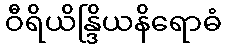
ဝီရိယိန္ဒြိယနိရောဓံ